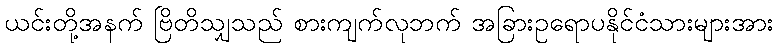
ယင်းတို့အနက် ဗြိတိသျှသည် စားကျက်လုဘက် အခြားဥရောပနိုင်ငံသားများအား